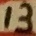
Text: 13